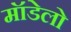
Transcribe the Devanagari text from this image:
मॉडेलो